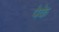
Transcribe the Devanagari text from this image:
पेके